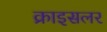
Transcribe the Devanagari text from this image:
क्राइसलर